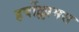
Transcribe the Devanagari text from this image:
हर्षोल्लामस